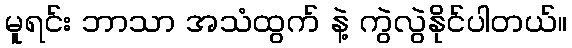
မူရင်း ဘာသာ အသံထွက် နဲ့ ကွဲလွဲနိုင်ပါတယ်။